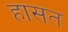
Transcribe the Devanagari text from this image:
हासत